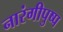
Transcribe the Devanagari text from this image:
नारंगीपुष्प